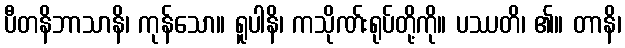
ပီတနိဘာသာနိ၊ ကုန်သော။ ရူပါနိ၊ ကသိုဏ်းရုပ်တို့ကို။ ပဿတိ၊ ၏။ တာနိ၊